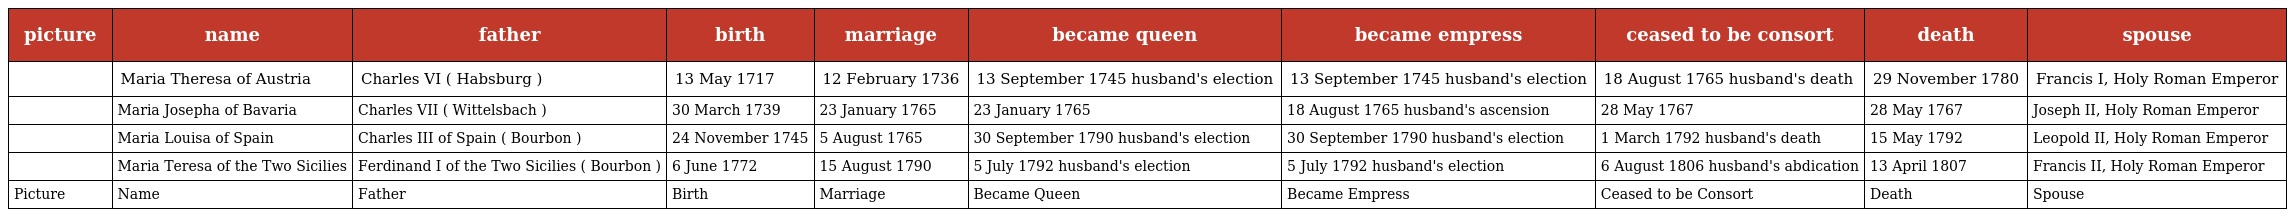
| picture | name | father | birth | marriage | became queen | became empress | ceased to be consort | death | spouse |
 | --- | --- | --- | --- | --- | --- | --- | --- | --- | --- |
 |  | Maria Theresa of Austria | Charles VI ( Habsburg ) | 13 May 1717 | 12 February 1736 | 13 September 1745 husband's election | 13 September 1745 husband's election | 18 August 1765 husband's death | 29 November 1780 | Francis I, Holy Roman Emperor |
 |  | Maria Josepha of Bavaria | Charles VII ( Wittelsbach ) | 30 March 1739 | 23 January 1765 | 23 January 1765 | 18 August 1765 husband's ascension | 28 May 1767 | 28 May 1767 | Joseph II, Holy Roman Emperor |
 |  | Maria Louisa of Spain | Charles III of Spain ( Bourbon ) | 24 November 1745 | 5 August 1765 | 30 September 1790 husband's election | 30 September 1790 husband's election | 1 March 1792 husband's death | 15 May 1792 | Leopold II, Holy Roman Emperor |
 |  | Maria Teresa of the Two Sicilies | Ferdinand I of the Two Sicilies ( Bourbon ) | 6 June 1772 | 15 August 1790 | 5 July 1792 husband's election | 5 July 1792 husband's election | 6 August 1806 husband's abdication | 13 April 1807 | Francis II, Holy Roman Emperor |
 | Picture | Name | Father | Birth | Marriage | Became Queen | Became Empress | Ceased to be Consort | Death | Spouse |